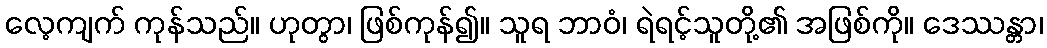
လေ့ကျက် ကုန်သည်။ ဟုတွာ၊ ဖြစ်ကုန်၍။ သူရ ဘာဝံ၊ ရဲရင့်သူတို့၏ အဖြစ်ကို။ ဒေဿန္တာ၊